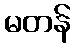
မတန်